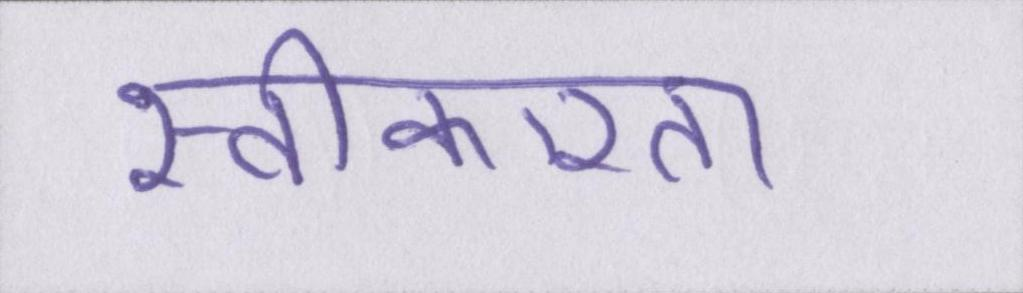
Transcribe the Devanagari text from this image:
स्वीकारता